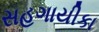
સહગાયીકા